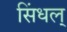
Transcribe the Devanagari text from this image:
सिंधल्